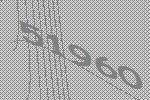
51960